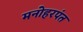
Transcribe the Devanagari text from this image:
मनोहरपंत